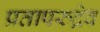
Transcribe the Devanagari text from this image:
प्रतापरुद्रेव